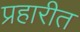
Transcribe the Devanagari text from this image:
प्रहारीत